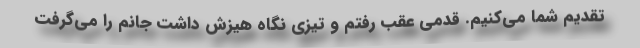
تقدیم شما می‌کنیم. قدمی عقب رفتم و تیزی نگاه هیزش داشت جانم را می‌گرفت